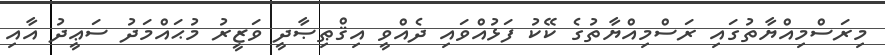
މިރަސްމިއްޔާތުގައި ރަސްމިއްޔާތުގެ ކޭކު ފަޅުއްވައި ދެއްވީ އިޤްޠިޞާދީ ވަޒީރު މުޙައްމަދު ސަޢީދު އާއި